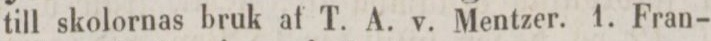
till skolornas bruk af T. A. v. Mentzer. 1. Fran-